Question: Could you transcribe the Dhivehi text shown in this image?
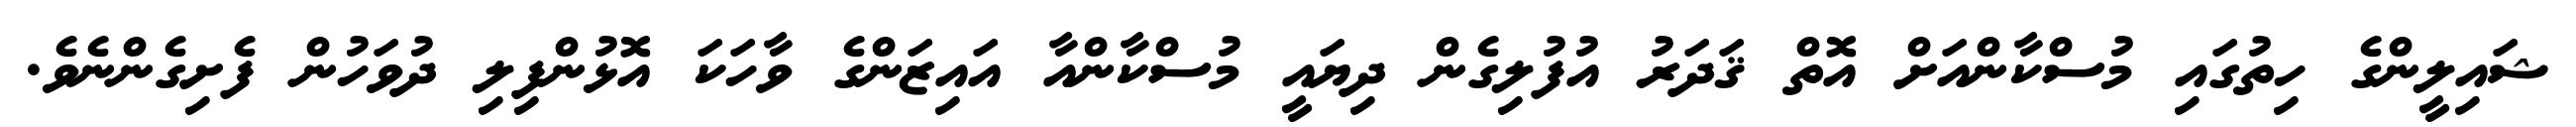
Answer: ޝައިލީންގެ ހިތުގައި މުސްކާންއަށް އޮތް ޤަދަރު އުފުލިގެން ދިޔައީ މުސްކާންއާ އައިޒަންގެ ވާހަކަ އޮޅުންފިލި ދުވަހުން ފެށިގެންނެވެ.